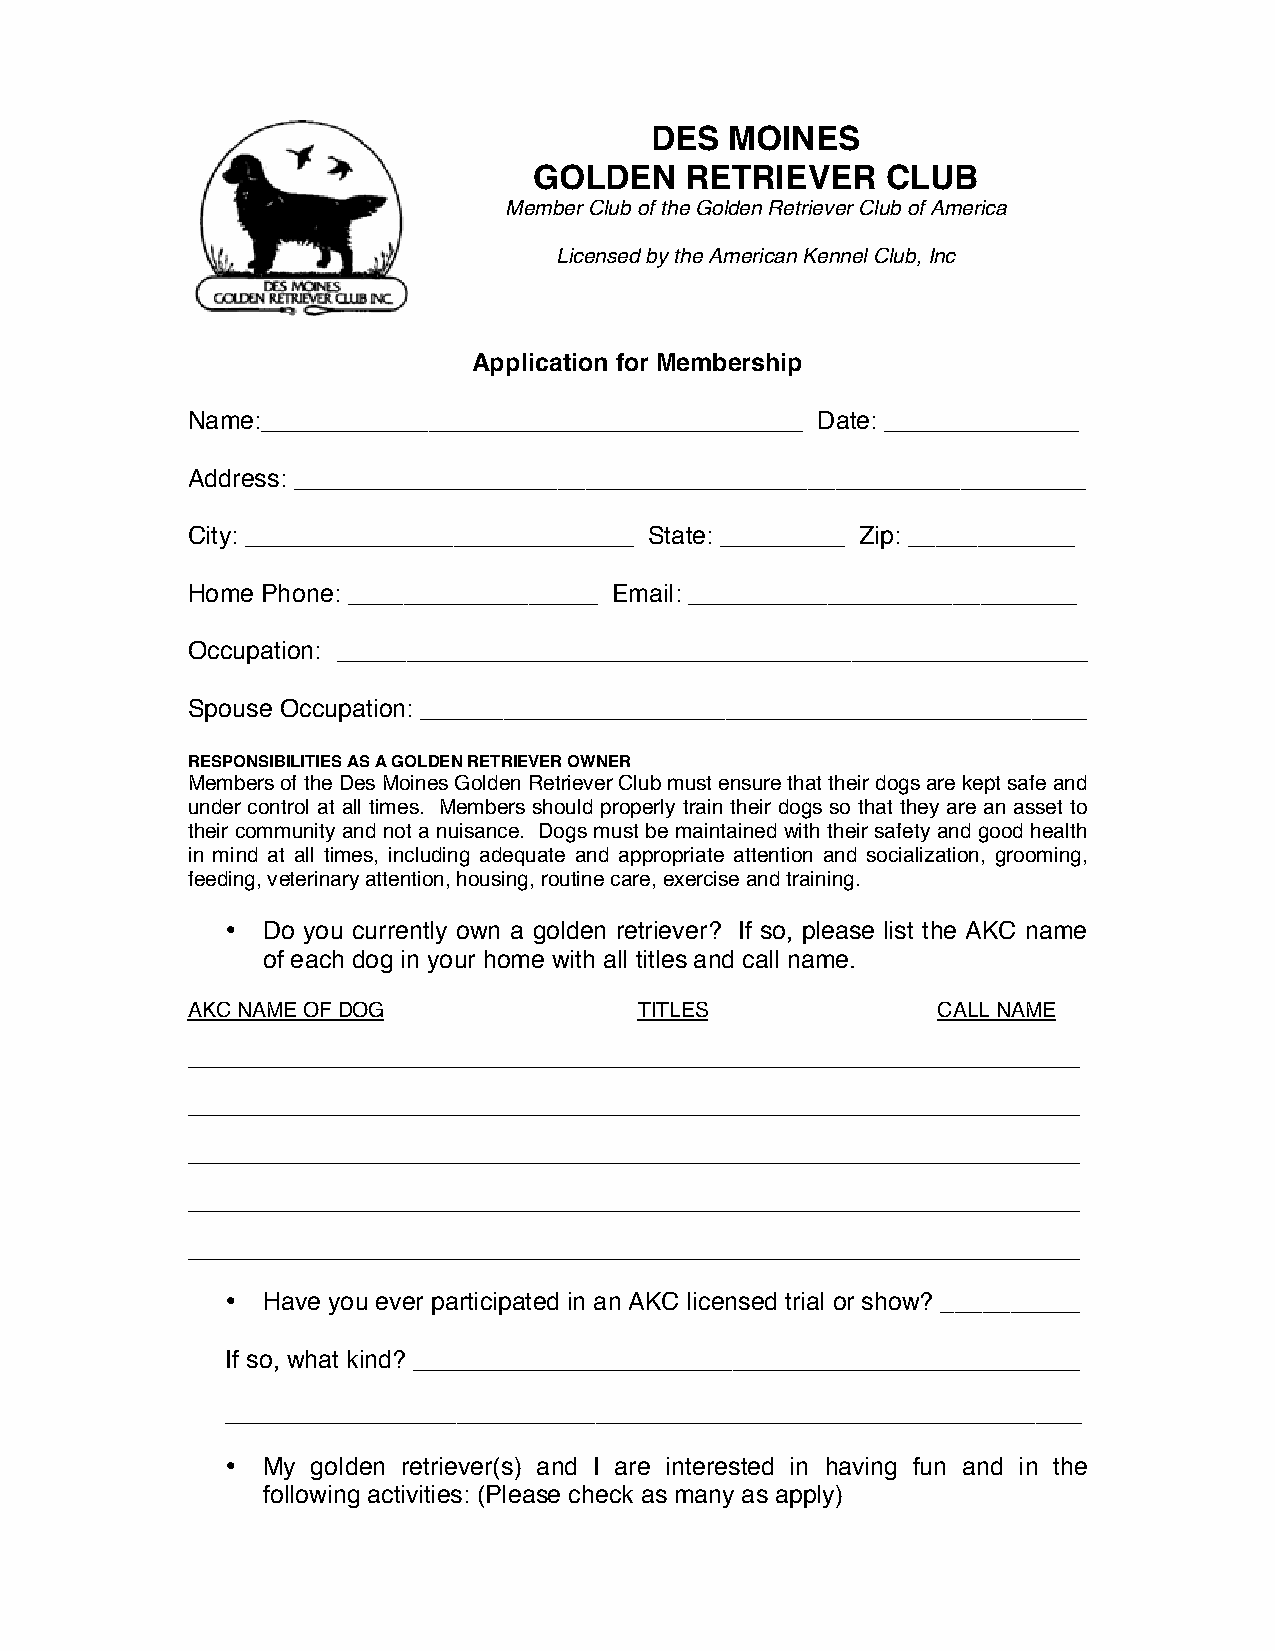
DES  MOINES
 GOLDEN    RETRIEVER     CLUB
 Member Club of the Golden Retriever Club of America
 Licensed by the American Kennel Club, Inc
 Application for Membership
 Name:_______________________________________ Date: ______________
 Address: _________________________________________________________
 City: ____________________________ State: _________ Zip: ____________
 Home Phone: __________________ Email: ____________________________
 Occupation: ______________________________________________________
 Spouse Occupation: ________________________________________________
 RESPONSIBILITIES AS A GOLDEN RETRIEVER OWNER
 Members of the Des Moines Golden Retriever Club must ensure that their dogs are kept safe and
 under control at all times. Members should properly train their dogs so that they are an asset to
 their community and not a nuisance. Dogs must be maintained with their safety and good health
 in mind at all times, including adequate and appropriate attention and socialization, grooming,
 feeding, veterinary attention, housing, routine care, exercise and training.
 • Do you currently own a golden retriever? If so, please list the AKC name
 of each dog in your home with all titles and call name.
 AKC NAME OF DOG               TITLES              CALL NAME
 _____________________________________________________________________________
 _____________________________________________________________________________
 _____________________________________________________________________________
 _____________________________________________________________________________
 _____________________________________________________________________________
 • Have you ever participated in an AKC licensed trial or show? __________
 If so, what kind? _________________________________________________________
 __________________________________________________________________________
 • My  golden retriever(s) and I are interested in having fun and in the
 following activities: (Please check as many as apply)